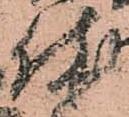
休